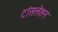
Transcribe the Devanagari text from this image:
टांंसलेशन